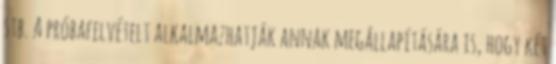
stb. A próbafelvételt alkalmazhatják annak megállapítására is, hogy két